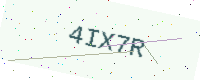
Text: 4IX7R